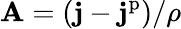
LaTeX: \mathbf{A}=(\mathbf{j}-\mathbf{j}^{\mathrm{p}})/\rho